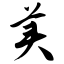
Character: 美